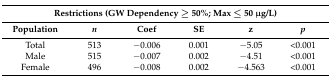
<table><thead><tr><td colspan="6"><b>Restrictions (GW Dependency ≥ 50%; Max ≤ 50 μg/L)</b></td></tr><tr><td><b>Population</b></td><td><b><i>n</i></b></td><td><b>Coef</b></td><td><b>SE</b></td><td><b>z</b></td><td><b><i>p</i></b></td></tr></thead><tbody><tr><td>Total</td><td>513</td><td>−0.006</td><td>0.001</td><td>−5.05</td><td>&lt;0.001</td></tr><tr><td>Male</td><td>515</td><td>−0.007</td><td>0.002</td><td>−4.51</td><td>&lt;0.001</td></tr><tr><td>Female </td><td>496</td><td>−0.008</td><td>0.002</td><td>−4.563</td><td>&lt;0.001</td></tr></tbody></table>